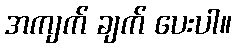
အကျက် ချက် ပေးပါ။